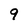
Character: 9